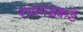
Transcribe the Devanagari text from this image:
रायगडकडे